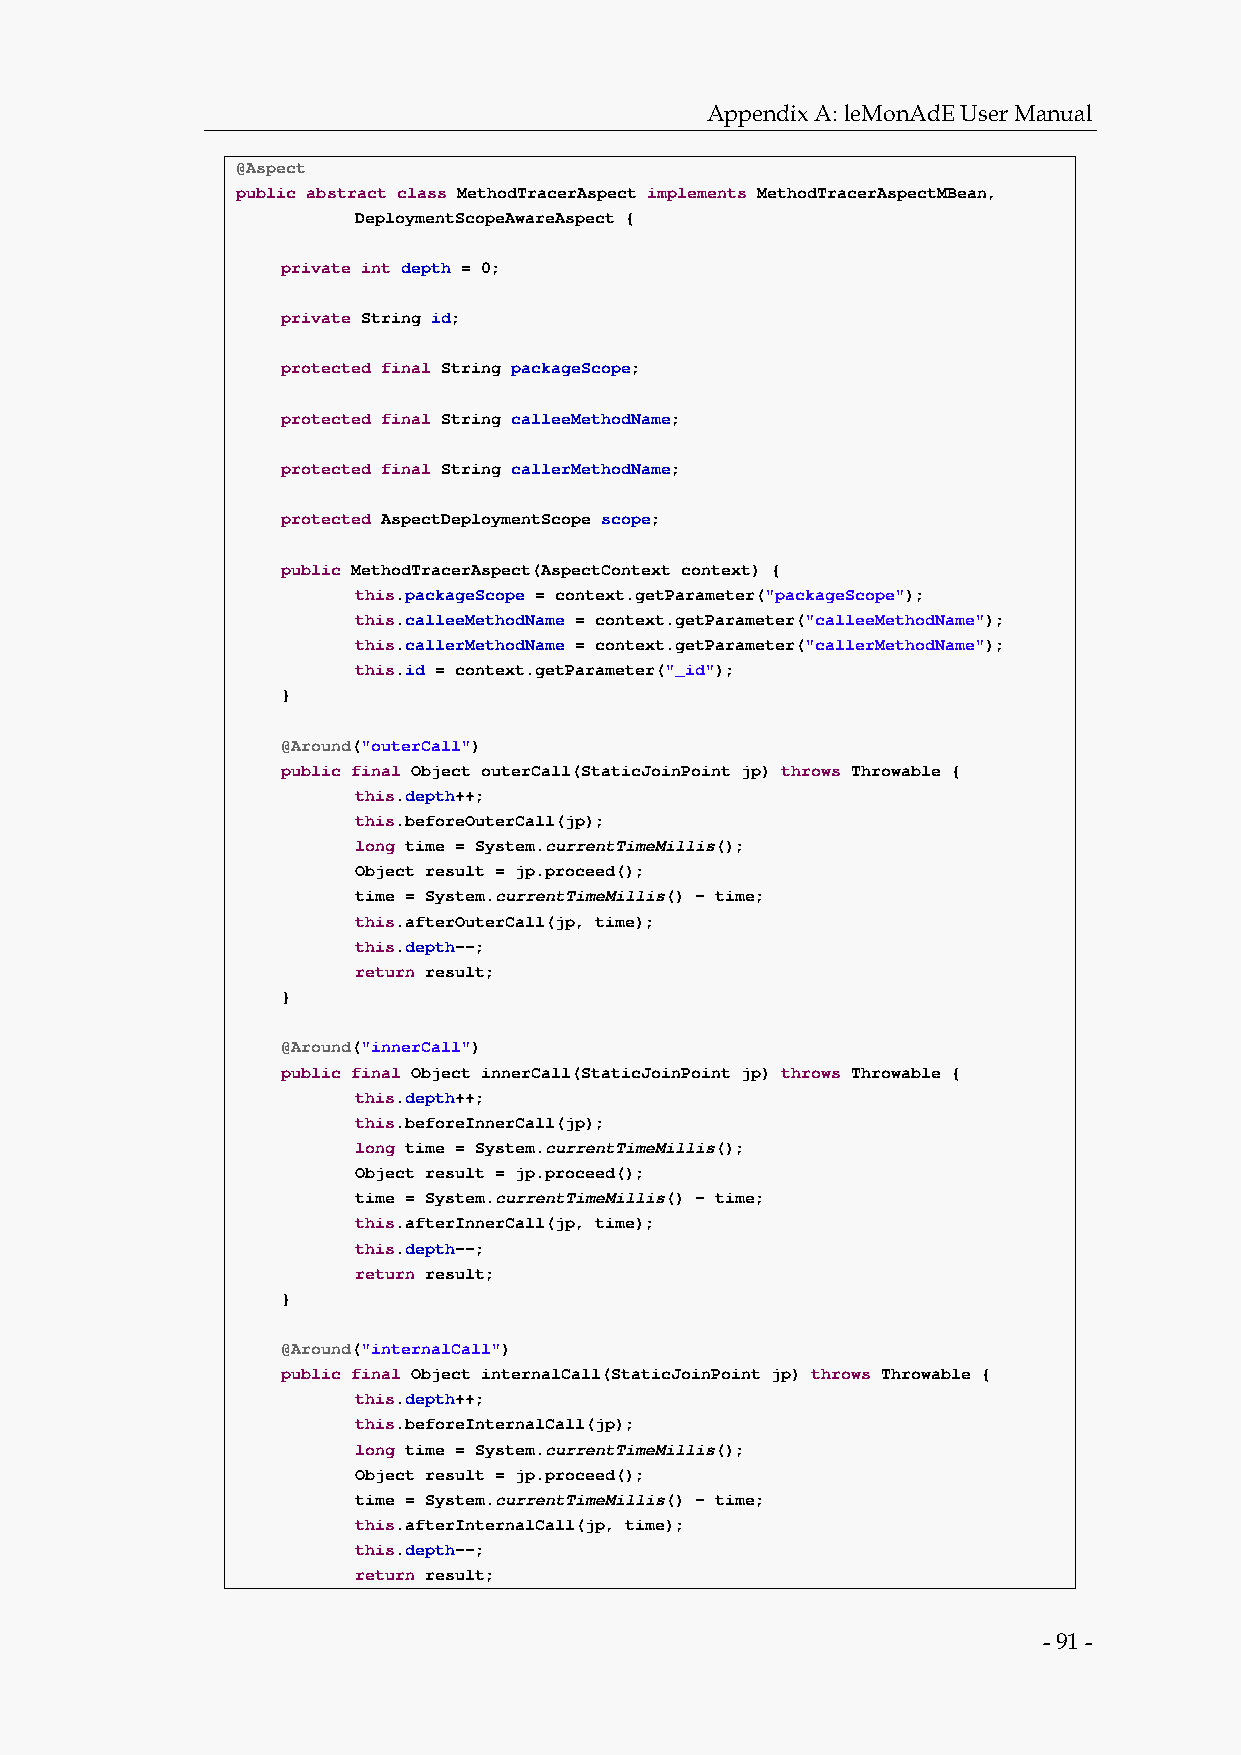
Appendix A: leMonAdE User Manual
 @Aspect
 public abstract class MethodTracerAspect implements MethodTracerAspectMBean,
 DeploymentScopeAwareAspect {
 private int depth = 0;
 private String id;
 protected final String packageScope;
 protected final String calleeMethodName;
 protected final String callerMethodName;
 protected AspectDeploymentScope scope;
 public MethodTracerAspect(AspectContext context) {
 this.packageScope = context.getParameter("packageScope");
 this.calleeMethodName = context.getParameter("calleeMethodName");
 this.callerMethodName = context.getParameter("callerMethodName");
 this.id = context.getParameter("_id");
 }
 @Around("outerCall")
 public final Object outerCall(StaticJoinPoint jp) throws Throwable {
 this.depth++;
 this.beforeOuterCall(jp);
 long time = System.currentTimeMillis();
 Object result = jp.proceed();
 time = System.currentTimeMillis() - time;
 this.afterOuterCall(jp, time);
 this.depth--;
 return result;
 }
 @Around("innerCall")
 public final Object innerCall(StaticJoinPoint jp) throws Throwable {
 this.depth++;
 this.beforeInnerCall(jp);
 long time = System.currentTimeMillis();
 Object result = jp.proceed();
 time = System.currentTimeMillis() - time;
 this.afterInnerCall(jp, time);
 this.depth--;
 return result;
 }
 @Around("internalCall")
 public final Object internalCall(StaticJoinPoint jp) throws Throwable {
 this.depth++;
 this.beforeInternalCall(jp);
 long time = System.currentTimeMillis();
 Object result = jp.proceed();
 time = System.currentTimeMillis() - time;
 this.afterInternalCall(jp, time);
 this.depth--;
 return result;
 - 91 -